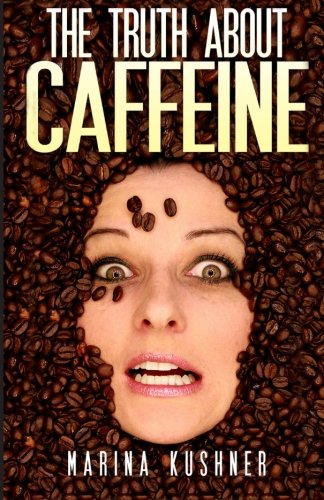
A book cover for The Truth About Caffeine; Marina Kushner; Health, Fitness & Dieting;